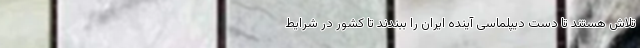
تلاش هستند تا دست دیپلماسی آینده ایران را ببندند تا کشور در شرایط